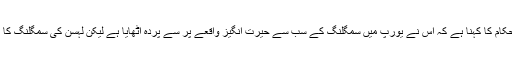
سویڈن کے سرکاری حکام کا کہنا ہے کہ اس نے یورپ میں سمگلنگ کے سب سے حیرت انگیز واقعے پر سے پردہ اٹھایا ہے لیکن لہسن کی سمگلنگ کا یہ پہلا واقعہ نہیں ہے۔